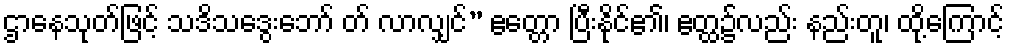
ဌာနေသုတ်ဖြင့် သဒိသဒွေးဘော် တ် လာလျှင်” ဧတ္တော ပြီးနိုင်၏၊ ဧတ္ထ၌လည်း နည်းတူ၊ ထို့ကြောင့်